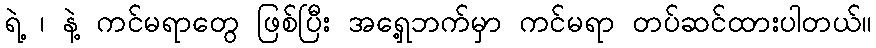
ရဲ့ ၊ နဲ့ ကင်မရာတွေ ဖြစ်ပြီး အရှေ့ဘက်မှာ ကင်မရာ တပ်ဆင်ထားပါတယ်။